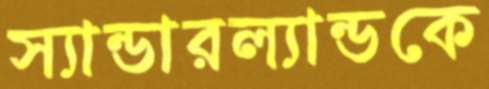
স্যান্ডারল্যান্ডকে